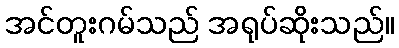
အင်တူးဂမ်သည် အရုပ်ဆိုးသည်။